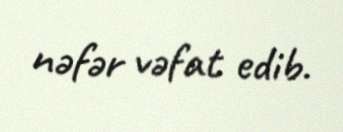
nəfər vəfat edib.